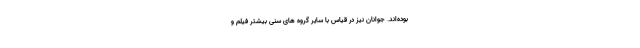
بوده‌­اند. جوانان نیز در قیاس با سایر گروه­ های سنی بیشتر فیلم­ و